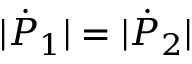
| { \dot { P } } _ { 1 } | = | { \dot { P } } _ { 2 } |